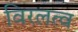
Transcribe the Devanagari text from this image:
विरलत्व